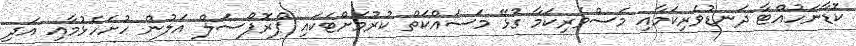
ކޮޑާނަހުއްޓާ ދަނޑުވެރިކަމާއި މަސްވެރިކަމާ ގުޅޭ މަސައްކަތް ކުރުމަށްޓަކައި ޕްރޮޕޯސަލް އަލުން ހުށަހެޅުމާއި އަދި